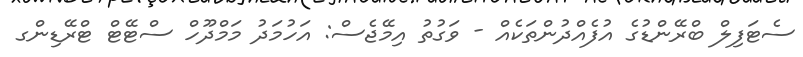
ސެޓަފިލް ބްރޭންޑުގެ އުފެއްދުންތަކެއް - ވަގުތު އިމޭޖެސް: އަހުމަދު މަމްދޫހް ސްޓޭޓް ޓްރޭޑިންގ